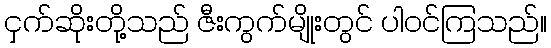
ငှက်ဆိုးတို့သည် ဇီးကွက်မျိုးတွင် ပါဝင်ကြသည်။